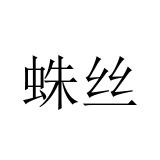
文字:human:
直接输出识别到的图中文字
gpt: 蛛丝